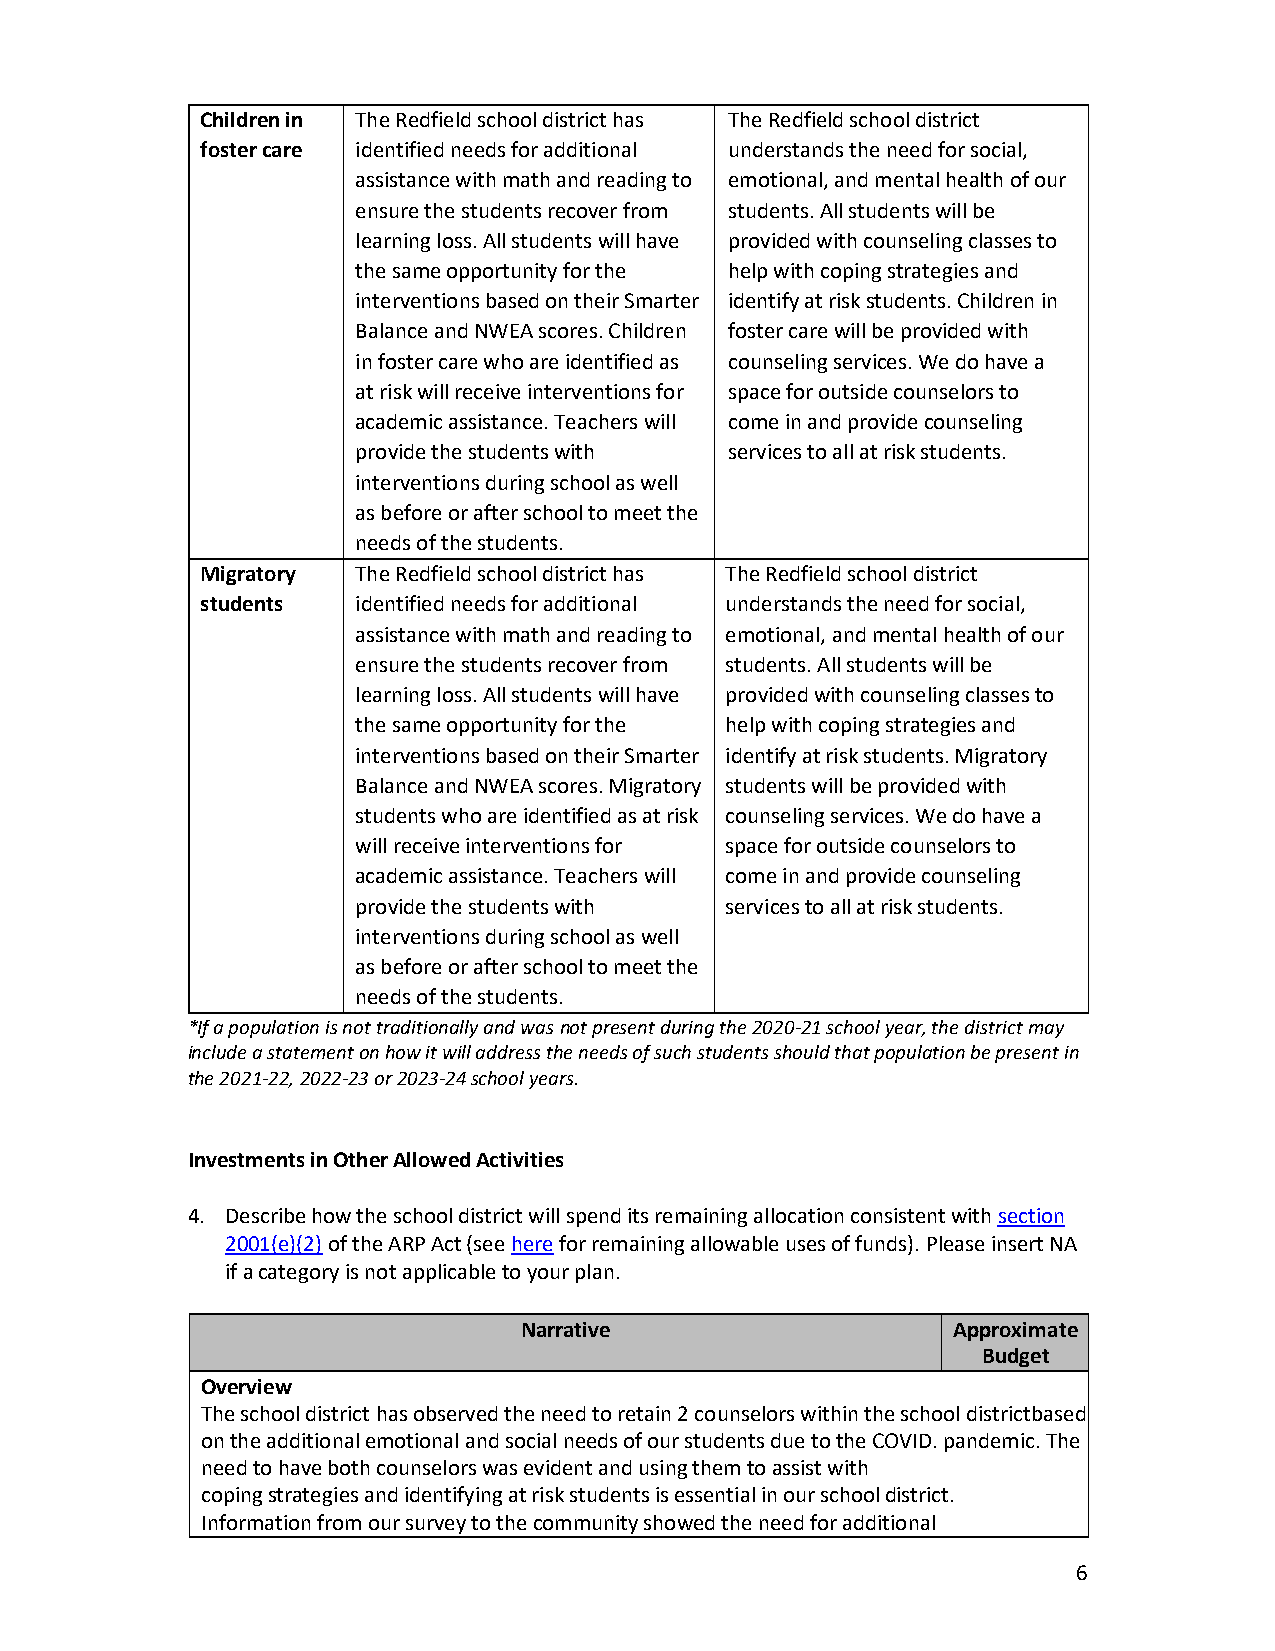
Children in The Redfield school district has The Redfield school district
 foster care identified needs for additional understands the need for social,
 assistance with math and reading to emotional, and mental health of our
 ensure the students recover from students. All students will be
 learning loss. All students will have provided with counseling classes to
 the same opportunity for the help with coping strategies and
 interventions based on their Smarter identify at risk students. Children in
 Balance and NWEA scores. Children foster care will be provided with
 in foster care who are identified as counseling services. We do have a
 at risk will receive interventions for space for outside counselors to
 academic assistance. Teachers will come in and provide counseling
 provide the students with services to all at risk students.
 interventions during school as well
 as before or after school to meet the
 needs of the students.
 Migratory  The Redfield school district has The Redfield school district
 students   identified needs for additional understands the need for social,
 assistance with math and reading to emotional, and mental health of our
 ensure the students recover from students. All students will be
 learning loss. All students will have provided with counseling classes to
 the same opportunity for the help with coping strategies and
 interventions based on their Smarter identify at risk students. Migratory
 Balance and NWEA scores. Migratory students will be provided with
 students who are identified as at risk counseling services. We do have a
 will receive interventions for space for outside counselors to
 academic assistance. Teachers will come in and provide counseling
 provide the students with services to all at risk students.
 interventions during school as well
 as before or after school to meet the
 needs of the students.
 *If a population is not traditionally and was not present during the 2020-21 school year, the district may
 include a statement on how it will address the needs of such students should that population be present in
 the 2021-22, 2022-23 or 2023-24 school years.
 Investments in Other Allowed Activities
 4. Describe how the school district will spend its remaining allocation consistent with section
 2001(e)(2) of the ARP Act (see here for remaining allowable uses of funds). Please insert NA
 if a category is not applicable to your plan.
 Narrative                    Approximate
 Budget
 Overview
 The school district has observed the need to retain 2 counselors within the school district based
 on the additional emotional and social needs of our students due to the COVID. pandemic. The
 need to have both counselors was evident and using them to assist with
 coping strategies and identifying at risk students is essential in our school district.
 Information from our survey to the community showed the need for additional
 6